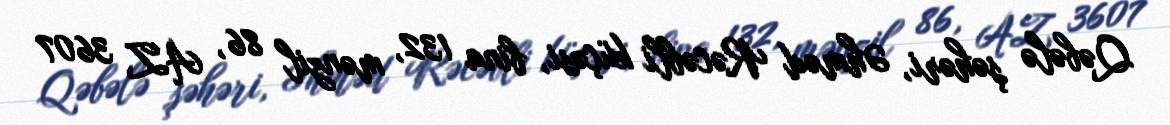
Qəbələ şəhəri, Əhməd Rəcəbli küçəsi, bina 132, mənzil 86, AZ 3607